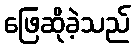
ဖြေဆိုခဲ့သည်